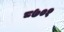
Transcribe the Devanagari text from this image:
८७०१